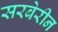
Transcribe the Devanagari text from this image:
सरबेरीन